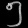
Digit: ၅